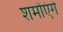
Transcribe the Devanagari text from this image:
शर्माएंगे